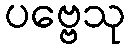
ပဗ္ဗေသု